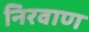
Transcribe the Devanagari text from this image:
निरवाण